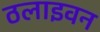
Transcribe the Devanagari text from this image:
ठलाइवन